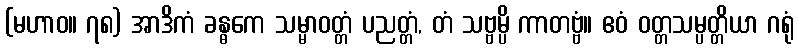
(မဟာဝ။ ၇၈) အာဒိကံ ခန္ဓကေ သမ္မာဝတ္တံ ပညတ္တံ, တံ သဗ္ဗမ္ပိ ကာတဗ္ဗံ။ ဧဝံ ဝတ္တသမ္ပတ္တိယာ ဂရုံ